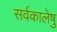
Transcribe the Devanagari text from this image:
सर्वकालेषु